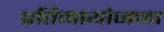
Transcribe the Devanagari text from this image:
प्रतिमायोजना